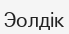
Эолдік